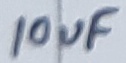
Text: 10uF